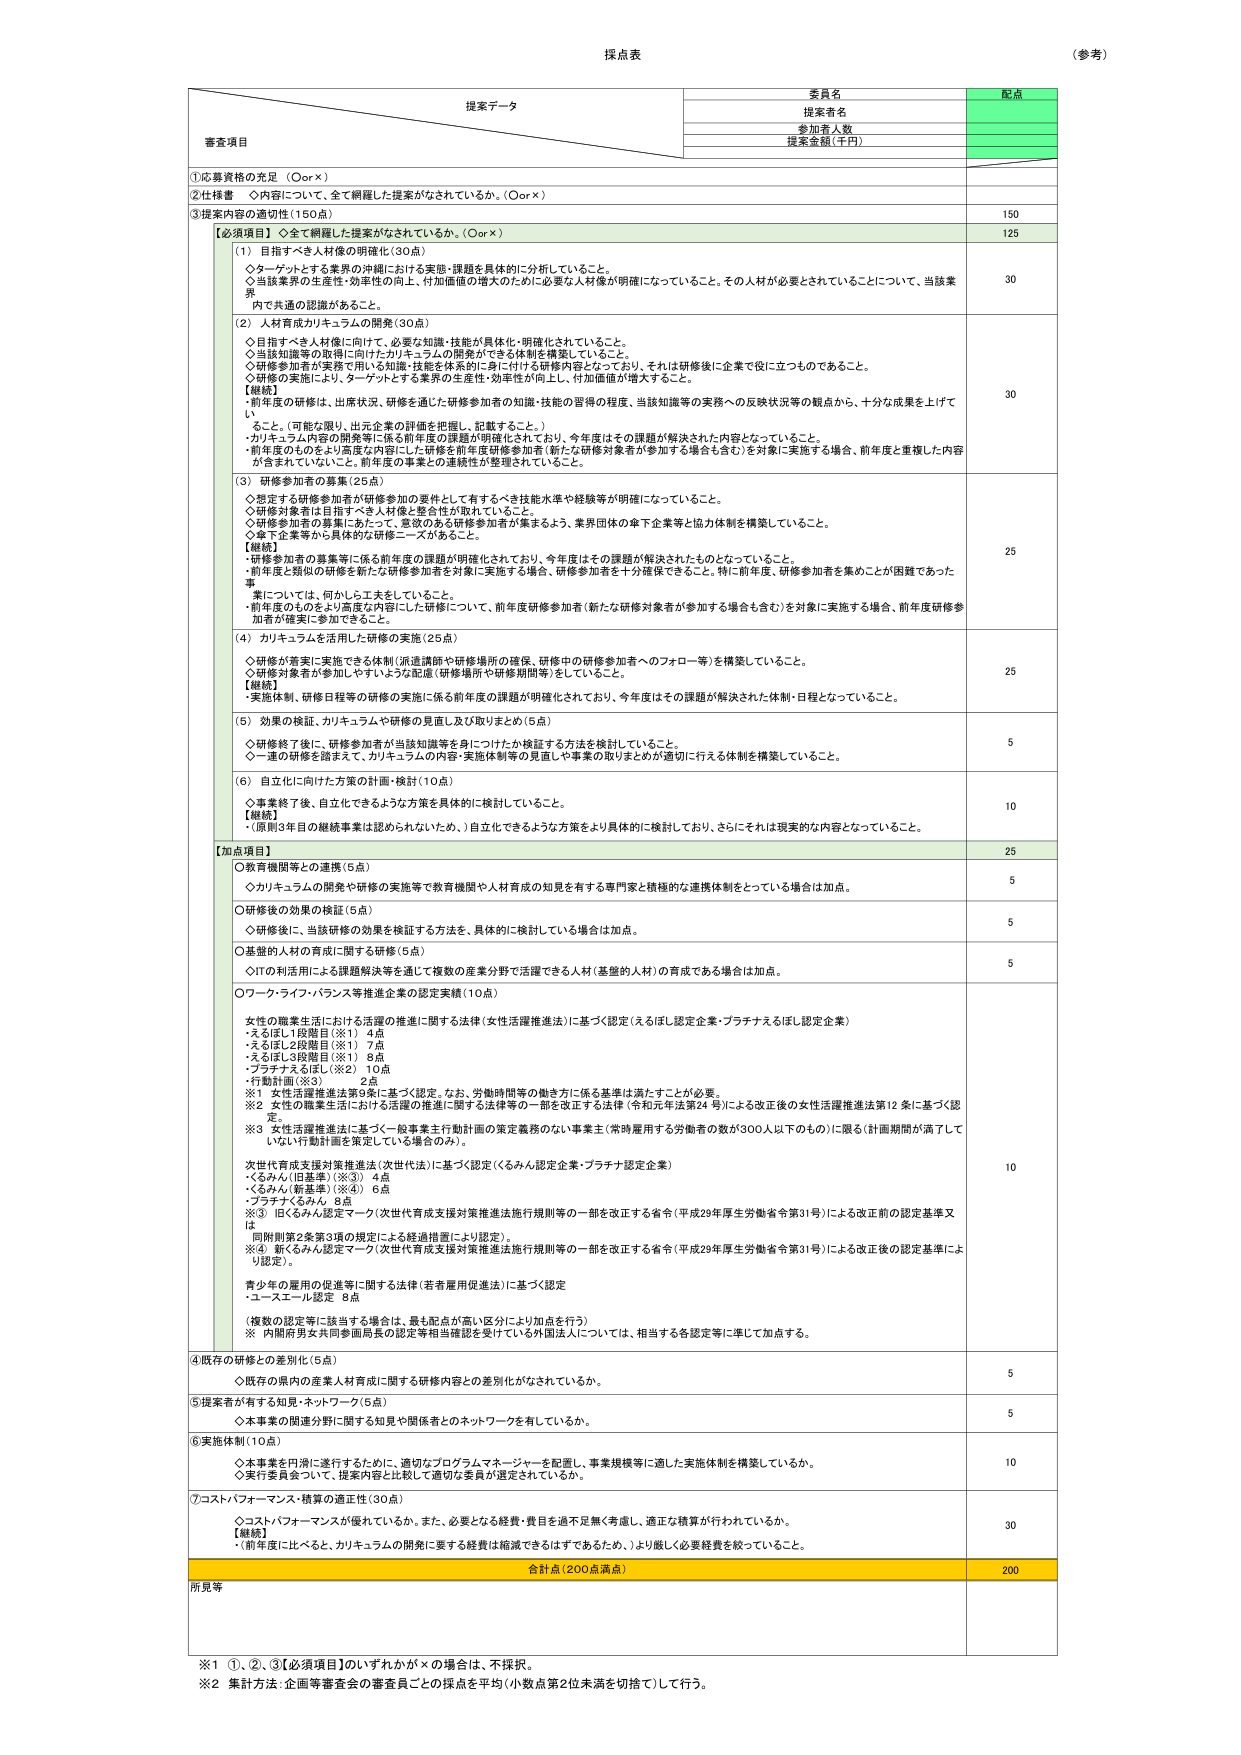
採点表
（参考）

提案データ
委員名
提案者名
参加者人数
提案金額（千円）
配点

審査項目

①応募資格の充足（○or×）

②仕様書　○内容について、全て網羅した提案がなされているか。（○or×）

③提案内容の適切性（150点）
150

【必須項目】○全て網羅した提案がなされているか。（○or×）
125

（1）目指すべき人材像の明確化（30点）
◇ターゲットとする業界の沖縄における産能・課題を具体的に分析していること。
◇当該業界の生産性・効率性の向上、付加価値の増大のために必要な人材像が明確になっていること。その人材が必要とされていることについて、当該業界内で共通の認識があること。
30

（2）人材育成カリキュラムの開発（30点）
◇目指すべき人材像に向けて、必要な知識・技能が具体化・明確化されていること。
◇当該知識等の取得に向けたカリキュラムの開発ができる体制を構築していること。
◇研修参加者が実務で用いる知識・技能を体系的に身に付ける研修内容となっており、それは研修後に企業で役に立つものであること。
◇研修の実施により、ターゲットとする業界の生産性・効率性が向上し、付加価値が増大すること。
【継続】
・前年度の研修は、出席状況、研修を通じた研修参加者の知識・技能の習得の程度、当該知識等の実務への反映状況等の観点から、十分な成果を上げていること。（可能な限り、出欠企業の評価を把握し、記載すること。）
・カリキュラム内容の開発等に係る前年度の課題が明確化されており、今年度はその課題が解決された内容となっていること。
・前年度のものをより高度な内容にした研修を前年度研修参加者（新たな研修対象者が参加する場合も含む）を対象に実施する場合、前年度と重複した内容が含まれていないこと。前年度の課題との連続性が整理されていること。
30

（3）研修参加者の募集（25点）
◇想定する研修参加者が研修参加の要件として有するべき技能水準や経験等が明確になっていること。
◇研修対象者に目指すべき人材像と整合性が取れていること。
◇研修参加者の募集にあたって、意欲のある研修参加者が集まるよう、業界団体の傘下企業等と協力体制を構築していること。
◇傘下企業等から具体的な研修ニーズがあること。
【継続】
・研修参加者の募集等に係る前年度の課題が明確化されており、今年度はその課題が解決されたものとなっていること。
・前年度と類似の研修を新たな研修参加者を対象に実施する場合、研修参加者を十分確保できること。特に前年度、研修参加者を集めることが困難であった事案については、何かしら工夫をしていること。
・前年度のものをより高度な内容にした研修について、前年度研修参加者（新たな研修対象者が参加する場合も含む）を対象に実施する場合、前年度研修参加者が確実に参加できること。
25

（4）カリキュラムを活用した研修の実施（25点）
◇研修が着実に実施できる体制（派遣講師や研修場所の確保、研修中の研修参加者へのフォロー等）を構築していること。
◇研修対象者が参加しやすいような配慮（研修場所や研修期間等）をしていること。
【継続】
・実施体制、研修日程等の研修の実施に係る前年度の課題が明確化されており、今年度はその課題が解決された体制・日程となっていること。
25

（5）効果の検証、カリキュラムや研修の見直し及び取りまとめ（5点）
◇研修終了後に、研修参加者が当該知識等を身につけたか検証する方法を検討していること。
◇一連の研修を踏まえて、カリキュラムの内容・実施体制等の見直しや事業の取りまとめが適切に行える体制を構築していること。
5

（6）自立化に向けた方策の計画・検討（10点）
◇事業終了後、自立化できるような方策を具体的に検討していること。
【継続】
・（前回3年目の継続事業は認められないため。）自立化できるような方策をより具体的に検討しており、さらにそれは現実的な内容となっていること。
10

【加点項目】
25

○教育機関等との連携（5点）
◇カリキュラムの開発や研修の実施等で教育機関や人材育成の知見を有する専門家と積極的な連携体制をとっている場合は加点。
5

○研修後の効果の検証（5点）
◇研修後に、当該研修の効果を検証する方法を、具体的に検討している場合は加点。
5

○基盤的人材の育成に関する研修（5点）
◇ITの利活用による課題解決等を通じて複数の産業分野で活躍できる人材（基盤的人材）の育成である場合は加点。
5

○ワークライフ・バランス等推進企業の認定実績（10点）
女性の職業生活における活躍の推進に関する法律（女性活躍推進法）に基づく認定（えるぼし認定企業・プラチナえるぼし認定企業）
-えるぼし1段階目（※1） 4点
-えるぼし2段階目（※1） 7点
-えるぼし3段階目（※1） 8点
-プラチナえるぼし（※2） 10点
-行動計画（※3） 2点
※1 女性活躍推進法第9条に基づく認定。なお、労働時間等の働き方に係る基準は満たすことが必要。
※2 女性の職業生活における活躍の推進に関する法律等の一部を改正する法律（令和元年法律24号）による改正後の女性活躍推進法第12条に基づく認定。
※3 女性活躍推進法に基づく一般事業主行動計画の策定義務のない事業主（常時雇用する労働者の数が300人以下のもの）に限る（計画期間が満了していない行動計画を策定している場合のみ）。
次世代育成支援対策推進法（次世代法）に基づく認定（くるみん認定企業・プラチナ認定企業）
-くるみん（旧基準）（※3） 4点
-くるみん（新基準）（※4） 6点
-プラチナくるみん 8点
※3 旧くるみん認定マーク（次世代育成支援対策推進法施行規則等の一部を改正する省令（平成29年厚生労働省令第31号）による改正前の認定基準又は同附則第2条第3項の規定による経過措置により認定）。
※4 新くるみん認定マーク（次世代育成支援対策推進法施行規則等の一部を改正する省令（平成29年厚生労働省令第31号）による改正後の認定基準により認定）。
青少年の雇用の促進等に関する法律（若者雇用促進法）に基づく認定
-ユースエール認定 8点
（複数の認定等に該当する場合は、最も配点が高い区分により加点を行う）
※ 内閣府男女共同参画局長の認定等相当確認を受けている外国法人については、相当する各認定等に準じて加点する。
10

④既存の研修との差別化（5点）
◇既存の県内の産業人材育成に関する研修内容との差別化がなされているか。
5

⑤提案者が有する知見・ネットワーク（5点）
◇本事業の関連分野に関する知見や関係者とのネットワークを有しているか。
5

⑥実施体制（10点）
◇本事業を円滑に遂行するために、適切なプログラムマネージャーを配置し、事業規模等に適した実施体制を構築しているか。
◇実行委員会ついて、提案内容と比較して適切な委員が選定されているか。
10

⑦コストパフォーマンス・積算の適正性（30点）
◇コストパフォーマンスが優れているか。また、必要ななる経費・費用を過不足無く考慮し、適正な積算が行われているか。
【継続】
・（前年度に比べると、カリキュラムの開発に要する経費は縮減できるはずであるため。）より厳しく必要経費を絞っていること。
30

合計点（200点満点）
200

所見等

※1 ①、②、③【必須項目】のいずれかが×の場合は、不採択。
※2 集計方法：企画等審査会の審査員ごとの採点を平均（小数点第2位未満を切捨て）して行う。